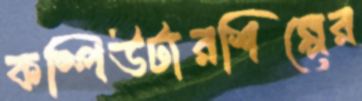
কম্পিউটারশিল্পের